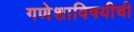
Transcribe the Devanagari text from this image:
गणेशाविषयीची